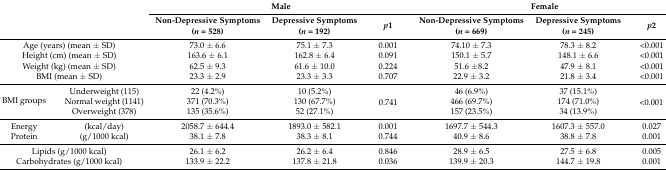
<table><thead><tr><td rowspan="2" colspan="2"></td><td colspan="3"><b>Male</b></td><td colspan="3"><b>Female </b></td></tr><tr><td><b>Non-Depressive Symptoms (<i>n</i> = 528)</b></td><td><b>Depressive Symptoms (<i>n</i> = 192)</b></td><td><b><i>p</i>1</b></td><td><b>Non-Depressive Symptoms (<i>n</i> = 669)</b></td><td><b>Depressive Symptoms (<i>n</i> = 245)</b></td><td><b><i>p</i>2</b></td></tr></thead><tbody><tr><td colspan="2">Age (years) (mean ± SD)</td><td>73.0 ± 6.6</td><td>75.1 ± 7.3</td><td>0.001</td><td>74.10 ± 7.3</td><td>78.3 ± 8.2</td><td>&lt;0.001</td></tr><tr><td colspan="2">Height (cm) (mean ± SD)</td><td>163.6 ± 6.1</td><td>162.8 ± 6.4</td><td>0.091</td><td>150.1 ± 5.7</td><td>148.1 ± 6.6</td><td>&lt;0.001</td></tr><tr><td colspan="2">Weight (kg) (mean ± SD)</td><td>62.5 ± 9.3</td><td>61.6 ± 10.0</td><td>0.224</td><td>51.6 ±8.2</td><td>47.9 ± 8.1</td><td>&lt;0.001</td></tr><tr><td colspan="2">BMI (mean ± SD)</td><td>23.3 ± 2.9</td><td>23.3 ± 3.3</td><td>0.707</td><td>22.9 ± 3.2</td><td>21.8 ± 3.4</td><td>&lt;0.001</td></tr><tr><td rowspan="3">BMI groups</td><td>Underweight (115)</td><td>22 (4.2%)</td><td>10 (5.2%)</td><td rowspan="3">0.741</td><td>46 (6.9%)</td><td>37 (15.1%)</td><td rowspan="3">&lt;0.001</td></tr><tr><td>Normal weight (1141)</td><td>371 (70.3%)</td><td>130 (67.7%)</td><td>466 (69.7%)</td><td>174 (71.0%)</td></tr><tr><td>Overweight (378)</td><td>135 (35.6%)</td><td>52 (27.1%)</td><td>157 (23.5%)</td><td>34 (13.9%)</td></tr><tr><td>Energy</td><td>(kcal/day)</td><td>2058.7 ± 644.4</td><td>1893.0 ± 582.1</td><td>0.001</td><td>1697.7 ± 544.3</td><td>1607.3 ± 557.0</td><td>0.027</td></tr><tr><td>Protein</td><td>(g/1000 kcal)</td><td>38.1 ± 7.8</td><td>38.3 ± 8.1</td><td>0.744</td><td>40.9 ± 8.6</td><td>38.8 ± 7.8</td><td>0.001</td></tr><tr><td colspan="2">Lipids (g/1000 kcal)</td><td>26.1 ± 6.2</td><td>26.2 ± 6.4</td><td>0.846</td><td>28.9 ± 6.5</td><td>27.5 ± 6.8</td><td>0.005</td></tr><tr><td colspan="2">Carbohydrates (g/1000 kcal)</td><td>133.9 ± 22.2</td><td>137.8 ± 21.8</td><td>0.036</td><td>139.9 ± 20.3</td><td>144.7 ± 19.8</td><td>0.001</td></tr></tbody></table>